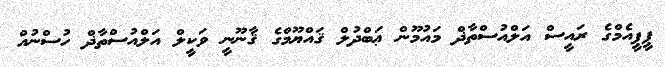
ޕީޕީއެމްގެ ރައީސް އަލްއުސްތާޛް މައުމޫން ޢަބްދުލް ޤައްޔޫމްގެ ޤާނޫނީ ވަކީލް އަލްއުސްތާޛް ހުސްނުއް